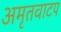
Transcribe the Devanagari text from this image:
अमृतवाटप